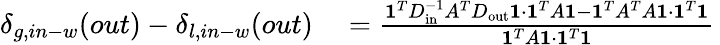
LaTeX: \begin{array}{rl}{\delta_{g,in-w}(out)-\delta_{l,in-w}(out)}&{{}=\frac{\mathbf{1}^{T}D_{\mathrm{in}}^{-1}A^{T}D_{\mathrm{out}}\mathbf{1}\cdot\mathbf{1}^{T}A\mathbf{1}-\mathbf{1}^{T}A^{T}A\mathbf{1}\cdot\mathbf{1}^{T}\mathbf{1}}{\mathbf{1}^{T}A\mathbf{1}\cdot\mathbf{1}^{T}\mathbf{1}}\, }\end{array}